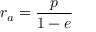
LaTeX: r _ { a } = { \frac { p } { 1 - e } }